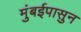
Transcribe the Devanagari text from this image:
मुंबईपासुन